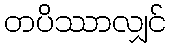
တပိဿာလျှင်